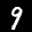
Digit: 9